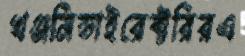
খঞ্জনিডাইরেক্টরিরএ